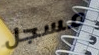
مسجل